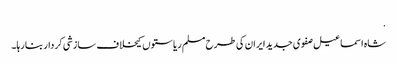
.
شاہ اسماعیل صفوی جدید ایران کی طرح مسلم ریاستوں کیخلاف سازشی کردار بنا رہا۔